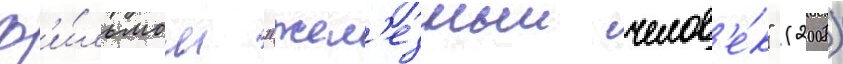
ф'и́льмом "жел'езныи челов'е́к" (2008)